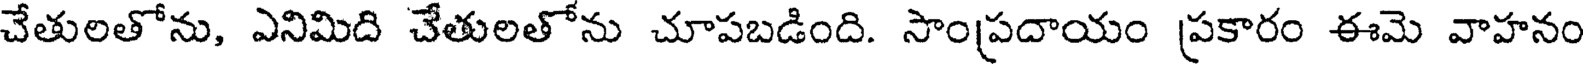
చేతులతోను, ఎనిమిది చేతులతోను చూపబడింది. సాంప్రదాయం ప్రకారం ఈమె వాహనం